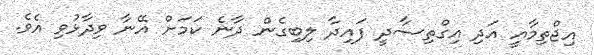
އިޖްތިމާއީ އަދި އިގްތިސާދީ ފައިދާ ލިބިގެން ދާނެ ކަމަށް އޭނާ ވިދާޅުވި އެވެ.